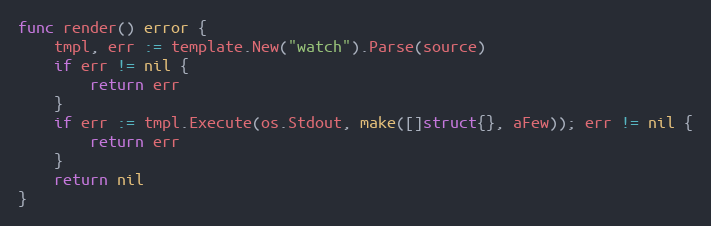
Language: Go
func render() error {
	tmpl, err := template.New("watch").Parse(source)
	if err != nil {
		return err
	}
	if err := tmpl.Execute(os.Stdout, make([]struct{}, aFew)); err != nil {
		return err
	}
	return nil
}